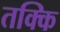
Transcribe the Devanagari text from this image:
तक्कि